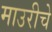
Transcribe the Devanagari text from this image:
माउरीचे